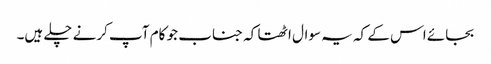
بجائے اس کے کہ یہ سوال اٹھتا کہ جناب جو کام آپ کرنے چلے ہیں۔